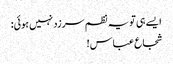
ایسے ہی تو یہ نظم سرزد نہیں ہوئی:
شجاع عباس!